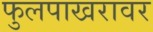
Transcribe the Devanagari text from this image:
फुलपाखरावर